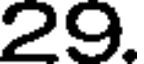
29.